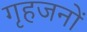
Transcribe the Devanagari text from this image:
गृहजनों